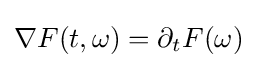
\nabla F(t,\omega )=\partial _{t}F(\omega )